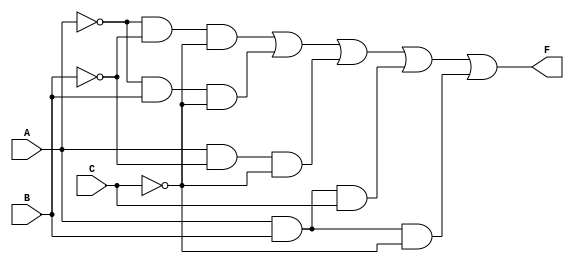
module kmap_3_variable (
    input wire A,   // First variable
    input wire B,   // Second variable
    input wire C,   // Third variable
    output wire F   // Output function
);

// Using a combination of AND and OR gates according to the simplified expression
assign F = (~A & ~B & ~C) | // m0
           (~A & B & ~C)  | // m2
           (A & ~B & ~C)  | // m4
           (A & B & C)    | // m7
           (A & B & ~C);   // m6

endmodule